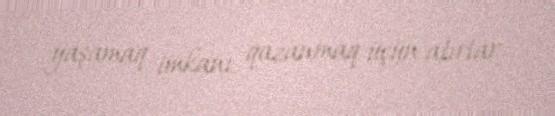
yaşamaq imkanı qazanmaq üçün atırlar.